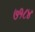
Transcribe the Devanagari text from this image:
७१८४